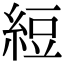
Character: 𬗖